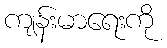
ကျန်းမာရေးကို